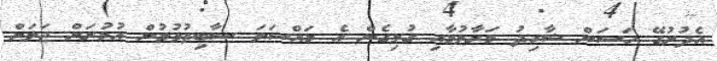
އެދުރުގޭ ހަސަން ޝާހިދު މަރާލުމާއި ގުޅިގެން އެ މައްސަލަ ސާބިތުވުމުން އުމުރަށް ޖަލަށް